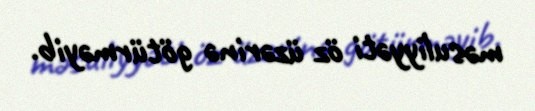
məsuliyyəti öz üzərinə götürməyib.